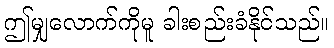
ဤမျှလောက်ကိုမူ ခါးစည်းခံနိုင်သည်။